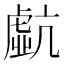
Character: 𧇠